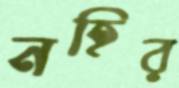
নহির